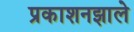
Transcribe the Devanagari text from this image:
प्रकाशनझाले